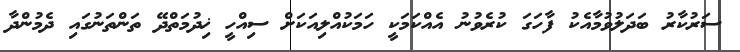
ސަރުކާރު ބަދަލުވުމާއެކު ފާހަގަ ކުރެވުނު އެއްކަމަކީ ހަމަކުއްލިއަކަށް ސިއްހީ ޚިދުމަތްދޭ ތަންތަނުގައި ދެމުންދާ